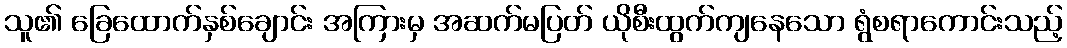
သူ၏ ခြေထောက်နှစ်ချောင်း အကြားမှ အဆက်မပြတ် ယိုစီးထွက်ကျနေသော ရွံစရာကောင်းသည့်